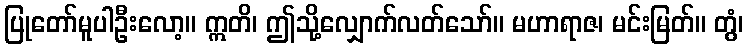
ပြုတော်မူပါဦးလော့။ ဣတိ၊ ဤသို့လျှောက်လတ်သော်။ မဟာရာဇ၊ မင်းမြတ်။ တွံ၊